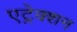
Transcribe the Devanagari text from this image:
एट्रेक्शन